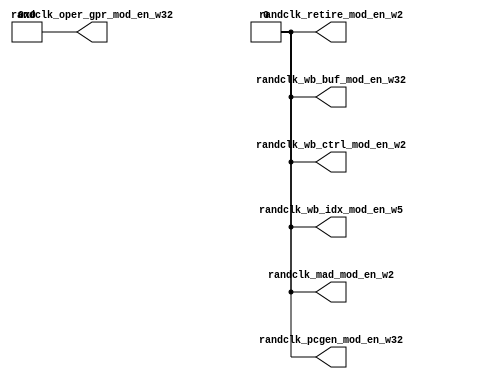
/*Copyright 2018-2021 T-Head Semiconductor Co., Ltd.

Licensed under the Apache License, Version 2.0 (the "License");
you may not use this file except in compliance with the License.
You may obtain a copy of the License at

    http://www.apache.org/licenses/LICENSE-2.0

Unless required by applicable law or agreed to in writing, software
distributed under the License is distributed on an "AS IS" BASIS,
WITHOUT WARRANTIES OR CONDITIONS OF ANY KIND, either express or implied.
See the License for the specific language governing permissions and
limitations under the License.
*/

// &ModuleBeg; @24
module cr_iu_randclk(
  randclk_mad_mod_en_w2,
  randclk_oper_gpr_mod_en_w32,
  randclk_pcgen_mod_en_w32,
  randclk_retire_mod_en_w2,
  randclk_wb_buf_mod_en_w32,
  randclk_wb_ctrl_mod_en_w2,
  randclk_wb_idx_mod_en_w5
);

// &Ports; @25
output          randclk_mad_mod_en_w2;      
output  [20:0]  randclk_oper_gpr_mod_en_w32; 
output          randclk_pcgen_mod_en_w32;   
output          randclk_retire_mod_en_w2;   
output          randclk_wb_buf_mod_en_w32;  
output          randclk_wb_ctrl_mod_en_w2;  
output          randclk_wb_idx_mod_en_w5;   

// &Regs; @26

// &Wires; @27
wire            randclk_mad_mod_en_w2;      
wire    [20:0]  randclk_oper_gpr_mod_en_w32; 
wire            randclk_pcgen_mod_en_w32;   
wire            randclk_retire_mod_en_w2;   
wire            randclk_wb_buf_mod_en_w32;  
wire            randclk_wb_ctrl_mod_en_w2;  
wire            randclk_wb_idx_mod_en_w5;   


// &Force("bus","seu_iu_randclk_mod_en",31,0); @31

//assign randclk_branch_mod_en_w2          = 1'b0;
assign randclk_mad_mod_en_w2             = 1'b0;
assign randclk_oper_gpr_mod_en_w32[20:0] = 21'b0;
assign randclk_pcgen_mod_en_w32          = 1'b0;
assign randclk_retire_mod_en_w2          = 1'b0;
//assign randclk_vector_mod_en_w3          = 1'b0;
assign randclk_wb_buf_mod_en_w32         = 1'b0;
assign randclk_wb_ctrl_mod_en_w2         = 1'b0;
assign randclk_wb_idx_mod_en_w5          = 1'b0;
//assign randclk_wb_pc_mod_en_w31          = 1'b0;


// &ModuleEnd; @82
endmodule